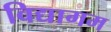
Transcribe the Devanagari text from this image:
विद्यागम